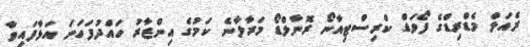
ރެއަލް މެޑްރިޑްގެ ފޯވަޑް ކްރިސްޓިއާނޯ ރޮނާލްޑޯ މަރާލާނެ ކަމުގެ އިންޒާރު ހައްދުފަހަނަ އަޅާފައިވާ